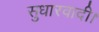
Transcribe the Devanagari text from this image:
सुधारवादी।